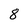
Character: 8